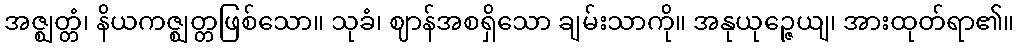
အဇ္ဈတ္တံ၊ နိယကဇ္ဈတ္တဖြစ်သော။ သုခံ၊ ဈာန်အစရှိသော ချမ်းသာကို။ အနုယုဉ္ဇေယျ၊ အားထုတ်ရာ၏။